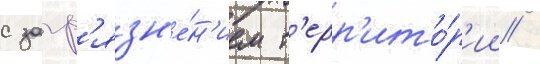
с загр'язн'е́н'ием т'ерр'ито́р'ии /